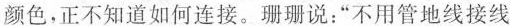
颜色，正不知道如何连接。珊珊说：”不用管地线接线